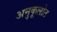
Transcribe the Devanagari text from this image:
अनुकूलोत